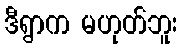
ဒီရွာက မဟုတ်ဘူး